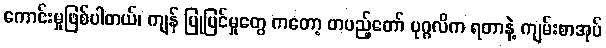
ကောင်းမှုဖြစ်ပါတယ်၊ ကျန် ပြုပြင်မှုတွေ ကတော့ တပည့်တော် ပုဂ္ဂလိက ရတာနဲ့ ကျမ်းစာအုပ်